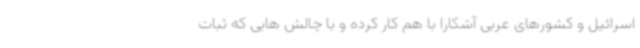
اسرائیل و کشورهای عربی آشکارا با هم کار کرده و با چالش هایی که ثبات